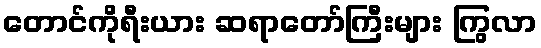
တောင်ကိုရီးယား ဆရာတော်ကြီးများ ကြွလာ